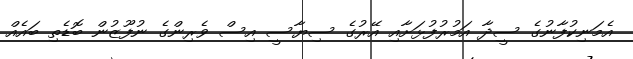
އެމަނިކުފާނުގެ ސީދާ އަމުރުފުޅަށާއި އޭރުގެ ސިޔާސީ އިސް ވެރިންގެ ނުފޫޒުން ބޮޑެތި ބައެއް